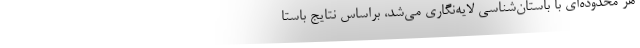
هر محدوده‌ای با باستان‌شناسی لایه‌نگاری می‌شد، براساس نتایج باستا